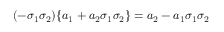
( - \sigma _ { 1 } \sigma _ { 2 } ) \{ a _ { 1 } + a _ { 2 } \sigma _ { 1 } \sigma _ { 2 } \} = a _ { 2 } - a _ { 1 } \sigma _ { 1 } \sigma _ { 2 }